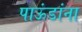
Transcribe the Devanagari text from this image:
पाऊंडांना